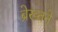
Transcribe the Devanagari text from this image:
ब्रेख्तने